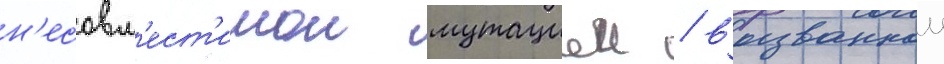
н'есовм'ест'имои мутациеи / вызваннои